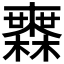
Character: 𣟒